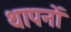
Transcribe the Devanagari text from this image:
थापनों